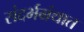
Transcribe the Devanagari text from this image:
संदर्भग्रंथात